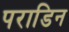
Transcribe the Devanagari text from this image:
पराडिन